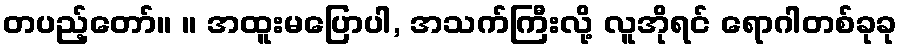
တပည့်တော်။ ။ အထူးမပြောပါ, အသက်ကြီးလို့ လူအိုရင် ရောဂါတစ်ခုခု